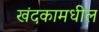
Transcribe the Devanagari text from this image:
खंदकामधील